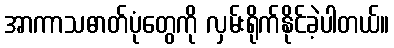
အာကာသဓာတ်ပုံတွေကို လှမ်းရိုက်နိုင်ခဲ့ပါတယ်။